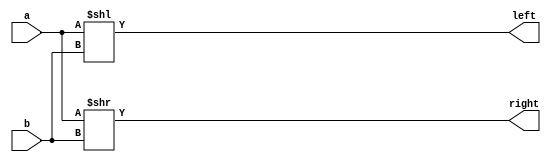
module ALULRShifter(a, b, left, right);
input [31:0]a;
input [4:0]b;
output [31:0]left;
output [31:0]right;

assign left = a << b[4:0];
assign right = a >> b[4:0];

endmodule